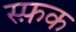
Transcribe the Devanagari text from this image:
स्फ़क